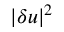
| \delta \boldsymbol { u } | ^ { 2 }